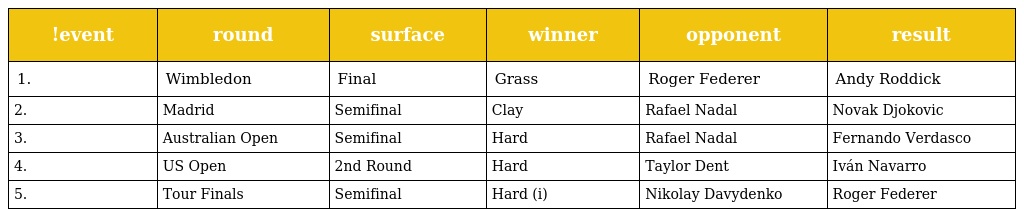
| !event | round | surface | winner | opponent | result |
 | --- | --- | --- | --- | --- | --- |
 | 1. | Wimbledon | Final | Grass | Roger Federer | Andy Roddick |
 | 2. | Madrid | Semifinal | Clay | Rafael Nadal | Novak Djokovic |
 | 3. | Australian Open | Semifinal | Hard | Rafael Nadal | Fernando Verdasco |
 | 4. | US Open | 2nd Round | Hard | Taylor Dent | Iván Navarro |
 | 5. | Tour Finals | Semifinal | Hard (i) | Nikolay Davydenko | Roger Federer |